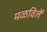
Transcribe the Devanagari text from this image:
मळविलें